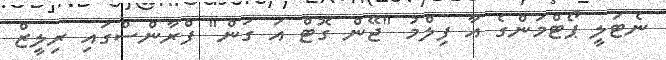
ނެޓަލީ ޕޯޓްމަންގެ އާ ފިލްމު "ޖޭން ގޮޓް އަ ގަން" ފްރާންސްގައި ރިލީޒް